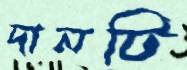
দানটি